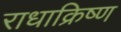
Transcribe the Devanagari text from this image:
राधाक्रिष्ण